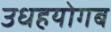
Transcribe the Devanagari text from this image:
उधहयोगब